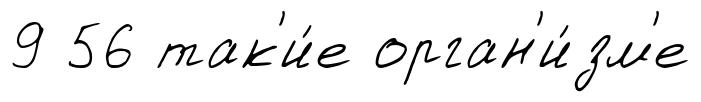
9 56 так'и́е орган'и́зм'е